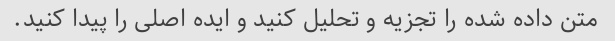
متن داده شده را تجزیه و تحلیل کنید و ایده اصلی را پیدا کنید.